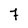
Character: 7